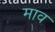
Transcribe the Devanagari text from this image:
माव